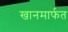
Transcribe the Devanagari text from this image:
खानमार्फत